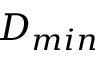
D _ { m i n }